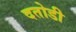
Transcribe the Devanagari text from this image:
दतोडी